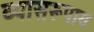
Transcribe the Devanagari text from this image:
व्यासरूपाय